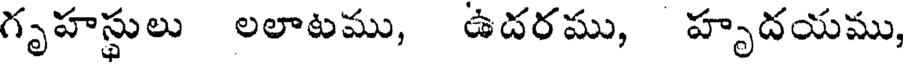
గృహస్థులు లలాటము, ఉదరము, హృదయము,